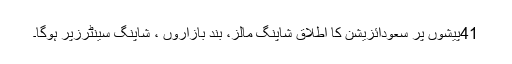
41پیشوں پر سعودائزیشن کا اطلاق شاپنگ مالز، بند بازاروں ، شاپنگ سینٹرزپر ہوگا۔